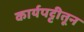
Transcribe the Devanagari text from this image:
कार्यपट्टीतून